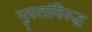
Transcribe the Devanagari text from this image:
मुघलांविरुद्ध